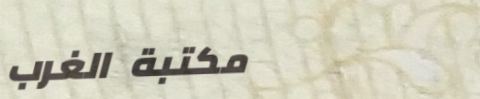
مكتبة الغرب